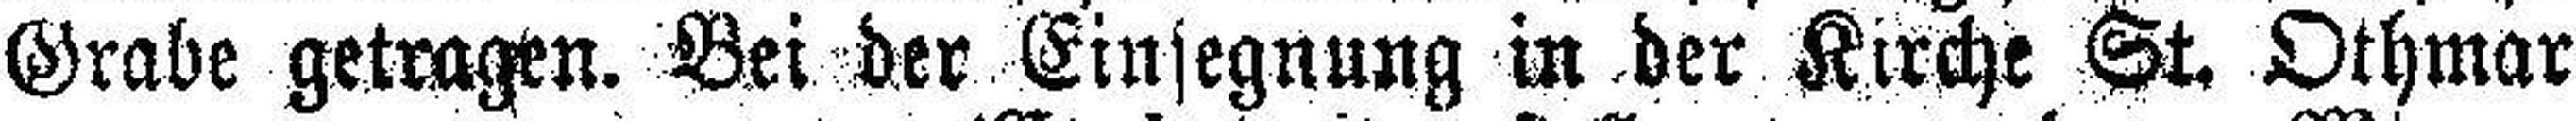
Grabe getragen. Bei der Einsegnung in der Kirche St. Othmar